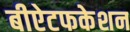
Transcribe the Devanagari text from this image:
बीऐटफकेशन